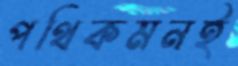
পথিকমনই